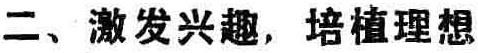
二、激发兴趣，培植理想